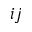
i j